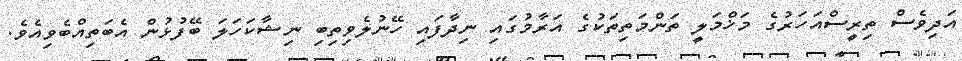
އަދިވެސް ތިރީސްއަހަރުގެ މަޚްމަލީ ތަންމަތިތަކުގެ އަރާމުގައި ނިދާފައި ހޭނުލެވިތިބި ނިޝާކަހަލަ ބޭފުޅުން އެބަތިއްބެވިއެވެ.